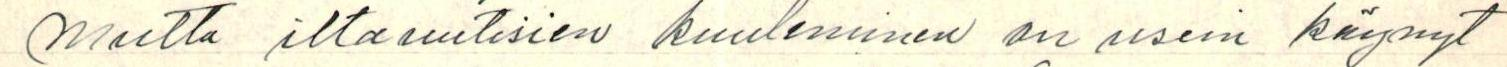
mutta iltauutisien kuuleminen on usein käynyt